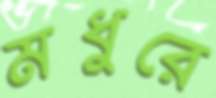
মধুরে